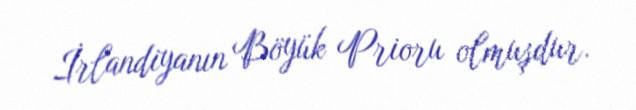
İrlandiyanın Böyük Prioru olmuşdur.